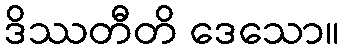
ဒိဿတီတိ ဒေသော။